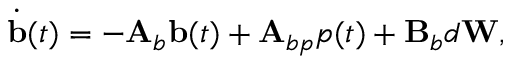
\dot { \mathbf { b } } ( t ) = - \mathbf { A } _ { b } \mathbf { b } ( t ) + \mathbf { A } _ { b p } p ( t ) + \mathbf { B } _ { b } d \mathbf { W } ,